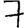
Digit: 7